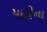
માફીના